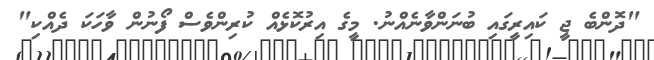
"ދޮންބެ ޖީ ކައިރީގައި ބުނަންވާނެއްނު. މީގެ އިރުކޮޅެއް ކުރިންވެސް ފޯނުން ވާހަކަ ދެއްކި"